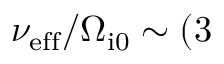
\nu _ { \mathrm { e f f } } / \Omega _ { \mathrm { i 0 } } \sim ( 3